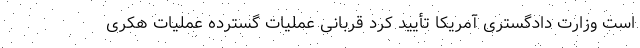
است وزارت دادگستری آمریکا تأیید کرد قربانی عملیات گسترده عملیات هکری